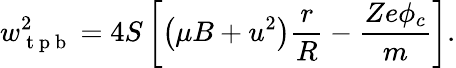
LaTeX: w_{\mathrm{~t~p~b~}}^{2}=4S\left[\left(\mu B+u^{2}\right)\frac{r}{R}-\frac{Ze\phi_{c}}{m}\right].